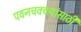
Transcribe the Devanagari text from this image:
पवनचक्क्यांसाठी